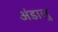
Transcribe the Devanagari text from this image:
अंडालु